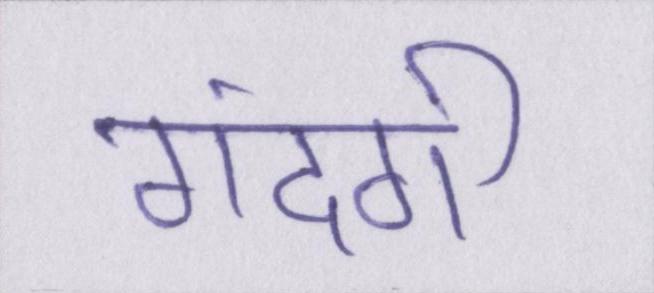
गंदगी